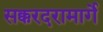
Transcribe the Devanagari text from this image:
सक्करदरामार्गे